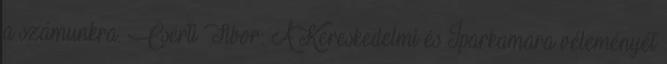
a számunkra. Cserti Tibor: A Kereskedelmi és Iparkamara véleményét